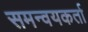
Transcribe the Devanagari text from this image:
समन्वयकर्ता